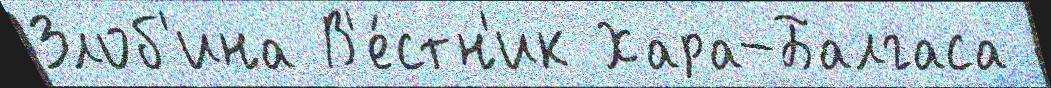
Злоб'ина В'е́стн'ик Хара-Балгаса